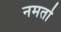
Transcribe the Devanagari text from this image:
नमर्ता